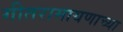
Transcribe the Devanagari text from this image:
गीतरामायणाच्या